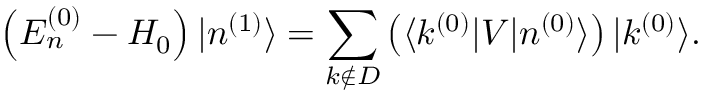
\left( E _ { n } ^ { ( 0 ) } - H _ { 0 } \right) | n ^ { ( 1 ) } \rangle = \sum _ { k \not \in D } \left( \langle k ^ { ( 0 ) } | V | n ^ { ( 0 ) } \rangle \right) | k ^ { ( 0 ) } \rangle .